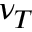
\nu _ { T }